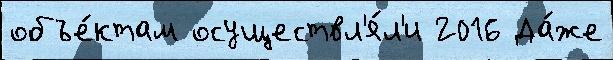
объе́ктам осуществл'я́л'и 2016 Да́же